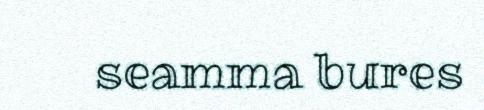
seamma bures